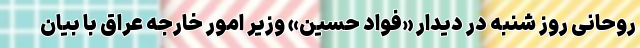
روحانی روز شنبه در دیدار «فواد حسین» وزیر امور خارجه عراق با بیان